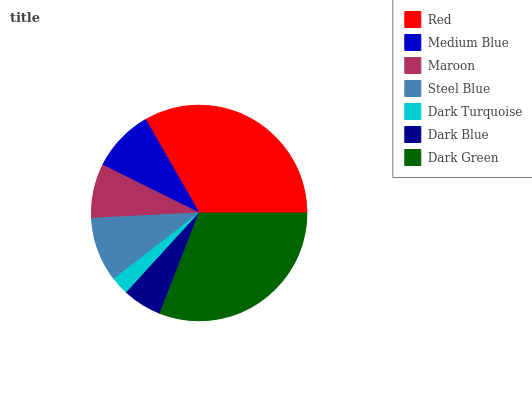
| Red | Medium Blue | Maroon | Steel Blue | Dark Turquoise | Dark Blue | Dark Green |
 | --- | --- | --- | --- | --- | --- | --- |
 | 33.3% | 9.41% | 8.11% | 9.71% | 2.72% | 5.88% | 30.9% |